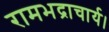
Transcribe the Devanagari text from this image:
रामभद्राचार्य।